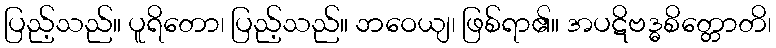
ပြည့်သည်။ ပူရိတော၊ ပြည့်သည်။ ဘဝေယျ၊ ဖြစ်ရာ၏။ အပဋိဗဒ္ဓစိတ္တောတိ၊